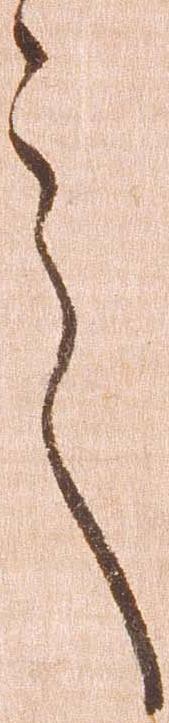
言